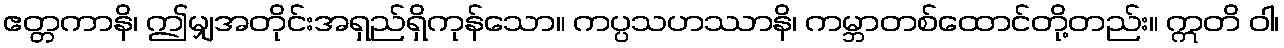
ဧတ္တကာနိ၊ ဤမျှအတိုင်းအရှည်ရှိကုန်သော။ ကပ္ပသဟဿာနိ၊ ကမ္ဘာတစ်ထောင်တို့တည်း။ ဣတိ ဝါ၊